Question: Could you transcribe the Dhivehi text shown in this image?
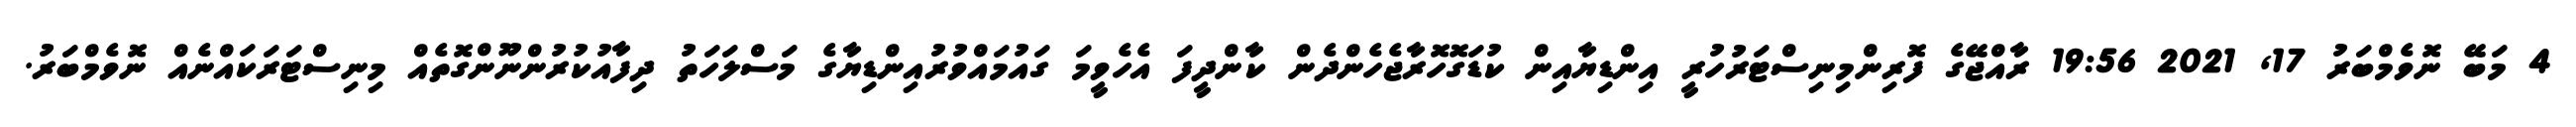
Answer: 4 މަބޭ ނޮވެމްބަރު 17, 2021 19:56 ރާއްޖޭގެ ފޮރިންމިނިސްޓަރުހުރީ އިންޑިޔާއިން ކުޑަގޮހޮރާޖެހެންދެން ކާންދީފަ އެހެވީމަ ގައުމައްވުރުއިންޑިޔާގެ މަސްލަހަތު ދިފާއުކުރުންނޫންގޮތެއް މިނިސްޓަރަކައްނެއް ނޮވެމްބަރު.